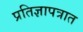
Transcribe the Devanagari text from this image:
प्रतिज्ञापत्रात